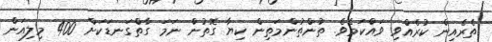
ތެރެއިން ކުރެއްވި ވައްކަމެވެ. ތުންތުންމަތިން ކިޔާ ގޮތުން ނަމަ ގާތްގަނޑަކަށް 400 މިލިއަން